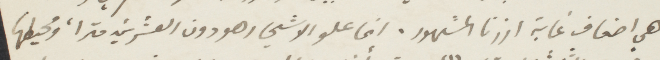
هي اضعاف غابة ارزنا المشهورة. انما علو الأشجار ههو دون العشرين مترًا، ومحيطها